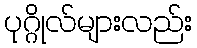
ပုဂ္ဂိုလ်များလည်း